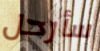
سأرحل